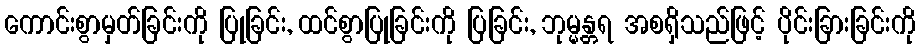
ကောင်းစွာမှတ်ခြင်းကို ပြုခြင်း, ထင်စွာပြုခြင်းကို ပြခြင်း, ဘုမ္မန္တရ အစရှိသည်ဖြင့် ပိုင်းခြားခြင်းကို